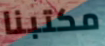
مكتبنا